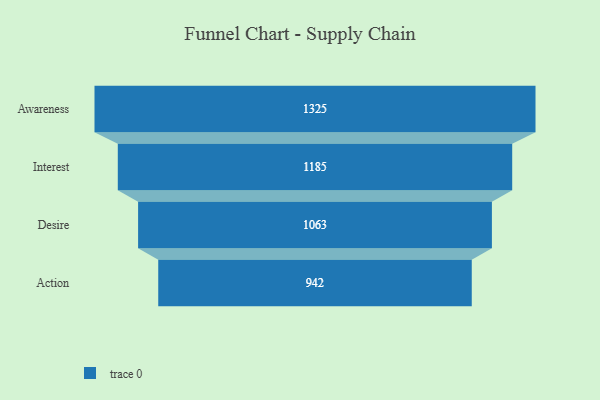
{"axis": {"x": "Stage", "y": "Value"}, "legend": [""], "data": [{"x": "Awareness", "y": 1325.0, "type": ""}, {"x": "Interest", "y": 1185.0, "type": ""}, {"x": "Desire", "y": 1063.0, "type": ""}, {"x": "Action", "y": 942.0, "type": ""}]}